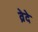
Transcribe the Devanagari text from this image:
व्रेदे